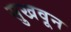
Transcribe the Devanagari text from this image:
सुखवून